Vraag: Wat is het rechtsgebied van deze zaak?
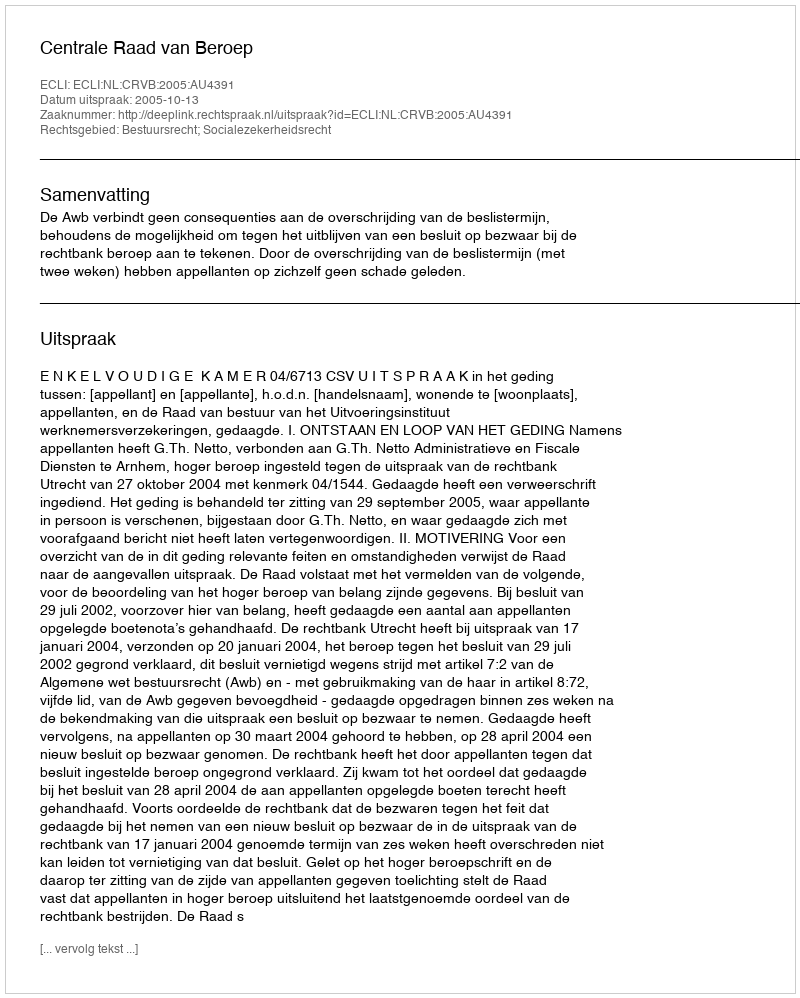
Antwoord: Bestuursrecht; Socialezekerheidsrecht